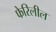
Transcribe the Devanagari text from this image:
फेरिलील